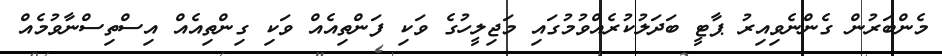
މެންބަރުން ގެންނެވިއިރު ޕާޓީ ބަދަލުކުރެއްވުމުގައި މަޖިލީހުގެ ވަކި ފަންތިއެއް ވަކި ގިންތިއެއް އިސްތިސްނާވުމެއް